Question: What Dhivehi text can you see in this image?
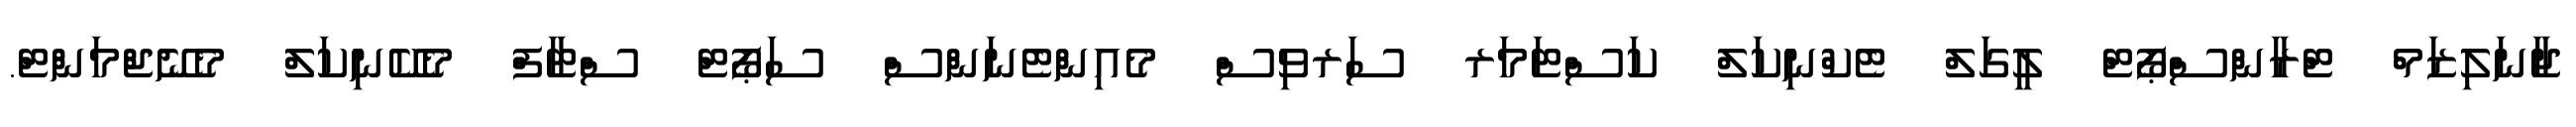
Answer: ޖާނަލިޒަމް ޓްރާންސްޕޯޓް ލީގަލް ޓެކްނިކަލް ކަސްޓަމަރ ސަރވިސް މެއިންޓެނަންސް ސަޕޯޓް ސްޓާފް މެކޭނިކަލް މެނޭޖްމަންޓް.